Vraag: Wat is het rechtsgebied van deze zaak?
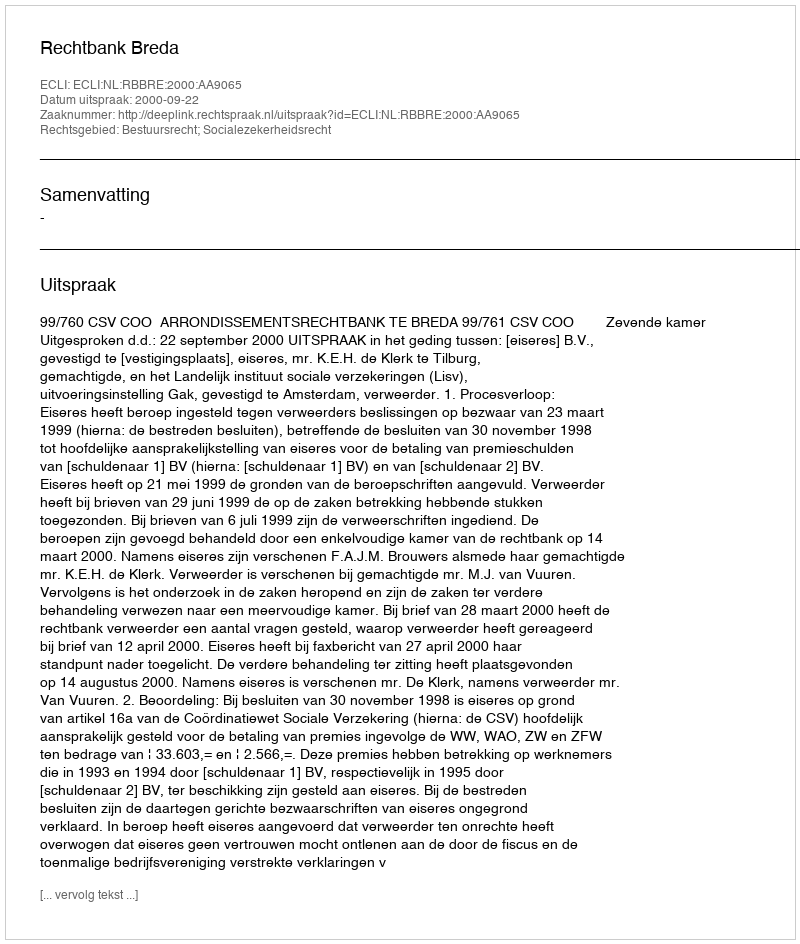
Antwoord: Bestuursrecht; Socialezekerheidsrecht